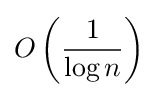
O\left({\frac {1}{\log n}}\right)